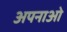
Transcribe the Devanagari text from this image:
अपनाओ